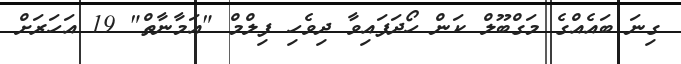
ގިނަ ބައެއްގެ މަގްބޫލް ކަން ހޯދަފައިވާ ދިވެހި ފިލްމް "އަމާނާތް" 19 އަހަރަށް